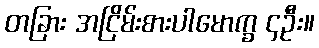
တခြား အငြိမ်းစားပါမောက္ခ ၄ဦး။